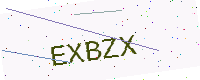
Text: EXBZX